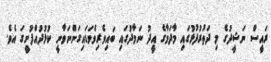
ރައީސް ނަޝީދުގެ މި ދަތުރުފުޅުގައި މާދަމާގެ އީދު ނަމާދުގައި ބައިވެރިވެވަޑައިގަންނަވާނީ ކުޅުދުއްފުށީގަ އެވެ.